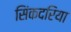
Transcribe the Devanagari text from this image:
सिंकदरिया